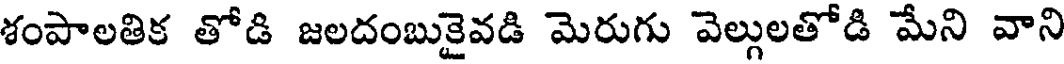
శంపాలతిక తోడి జలదంబుకైవడి మెరుగు వెల్లులతోడి మేని వాని